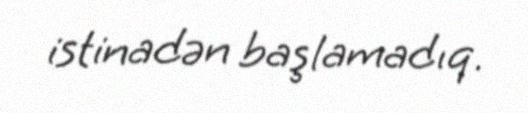
istinadən başlamadıq.